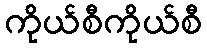
ကိုယ်စီကိုယ်စီ